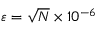
\varepsilon = \sqrt { N } \times 1 0 ^ { - 6 }